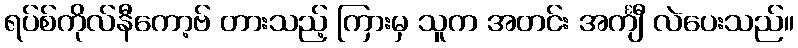
ရပ်စ်ကိုလ်နီကော့ဗ် တားသည့် ကြားမှ သူက အတင်း အင်္ကျီ လဲပေးသည်။